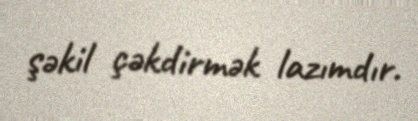
şəkil çəkdirmək lazımdır.